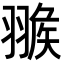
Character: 𦑚